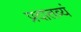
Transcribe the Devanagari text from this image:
प्रदातव्यं